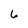
Character: 6